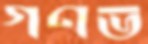
গণভ